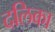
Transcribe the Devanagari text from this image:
दलिका